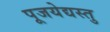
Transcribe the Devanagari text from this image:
पूजयेद्यस्तु